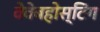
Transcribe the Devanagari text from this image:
वेवेबहोस्टिंग